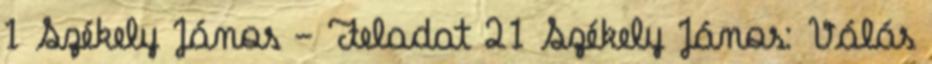
1 Székely János - Feladat 21 Székely János: Válás